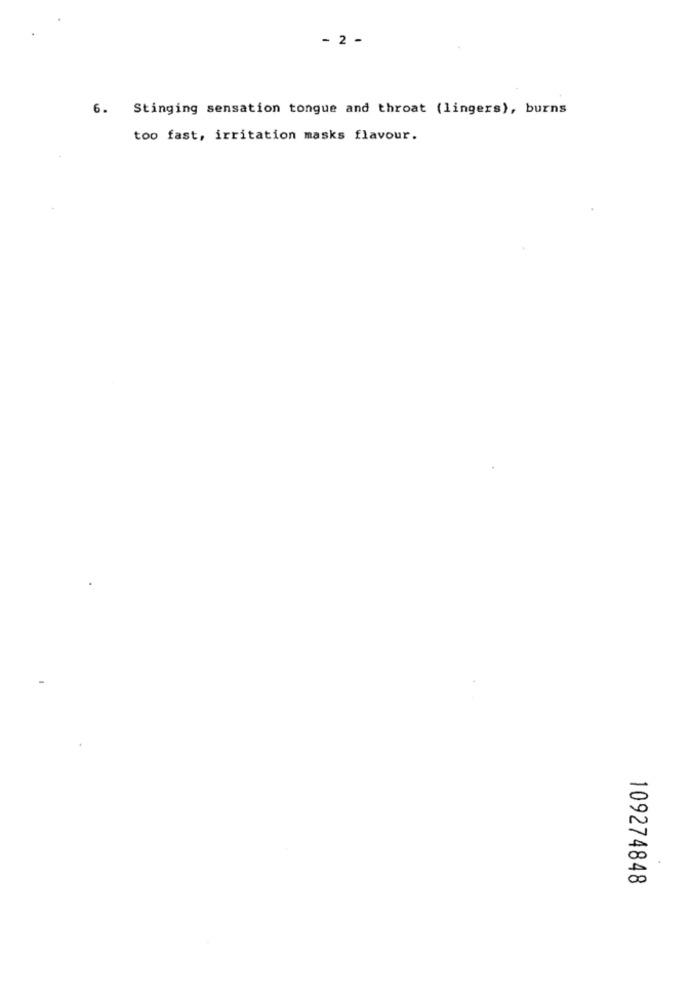
- 2 -
6. Stinging sensation tongue and throat (lingers), burns
too fast, irritation masks flavour.
.
109274848